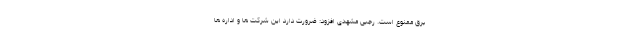
برق ممنوع است. رجبی مشهدی افزود: ضرورت دارد این شرکت ها و اداره ها